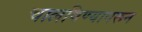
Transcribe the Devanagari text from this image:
चालविण्यावरून